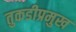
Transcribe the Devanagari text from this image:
तुकडीप्रमुख